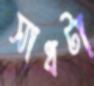
সাধটা